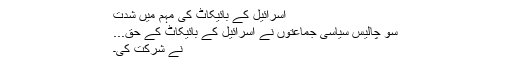
اسرائیل کے بائیکاٹ کی مہم میں شدت
سو چالیس سیاسی جماعتوں نے اسرائیل کے بائیکاٹ کے حق...
نے شرکت کی۔